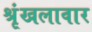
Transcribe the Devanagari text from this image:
श्रृंखलावार